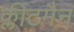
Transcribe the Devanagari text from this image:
क्लीटमैन